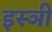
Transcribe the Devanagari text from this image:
इस्ञी